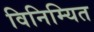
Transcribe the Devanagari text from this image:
विनिम्यित